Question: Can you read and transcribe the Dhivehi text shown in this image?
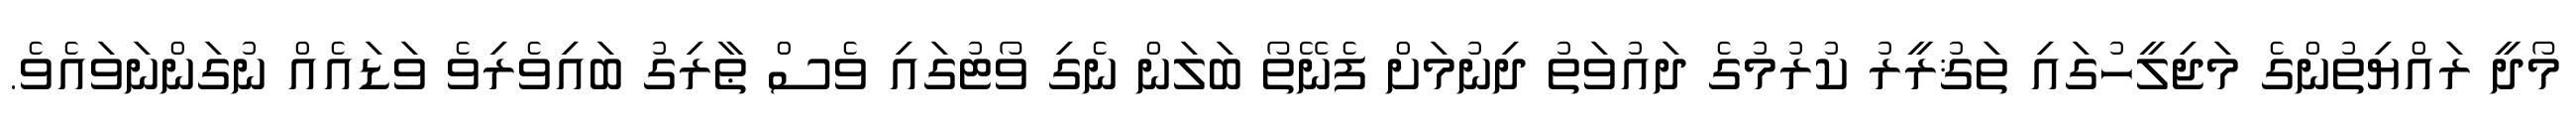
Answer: މޯދީ ރައްޔިތުންގެ މަޖިލީހުގައި ތަޤުރީރު ކުރުމުގެ ދައުވަތު ދިނުމަށް ފެނޭތޯ ބަލަން ނެގި ވޯޓުގައި ވެސް ޠާރިގު ބައިވެރިވެ ވަޑައެއް ނުގަންނަވައެވެ.